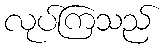
လုပ်ကြသည်